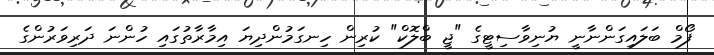
ފޯމް ބަލައިގަންނާނީ ޔުނިވާސިޓީގެ "ޖީ ބްލޮކް" ކުރިން ހިނގަމުންދިޔަ އިމާރާތުގައި ހުންނަ ދަރިވަރުންގެ